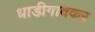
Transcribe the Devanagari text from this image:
धाडीगावकर